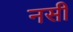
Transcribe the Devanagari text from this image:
नसी